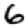
Digit: 6